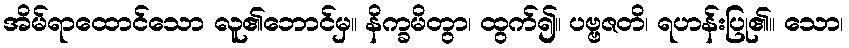
အိမ်ရာထောင်သော လူ၏ဘောင်မှ။ နိက္ခမိတွာ၊ ထွက်၍။ ပဗ္ဗဇတိ၊ ရဟန်းပြု၏။ သော၊